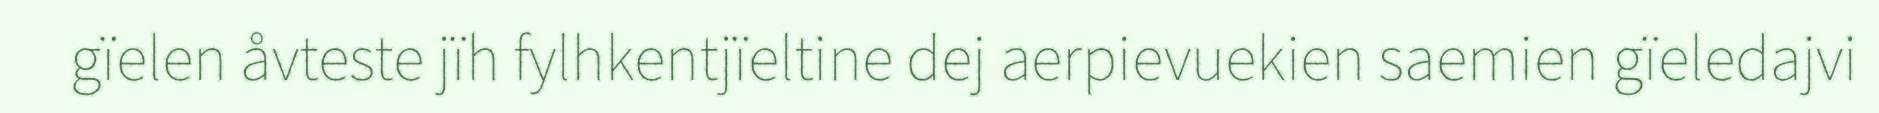
gïelen åvteste jïh fylhkentjïeltine dej aerpievuekien saemien gïeledajvi